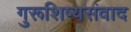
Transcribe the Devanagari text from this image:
गुरूशिष्यसंवाद